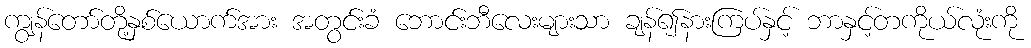
ကျွန်တော်တို့နှစ်ယောက်အား အတွင်းခံ ဘောင်းဘီလေးများသာ ချန်၍နားကြပ်နှင့် ဘာနှင့်တကိုယ်လုံးကို